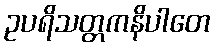
ဥပရိသတ္တကနိပါတေ